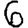
Digit: 6